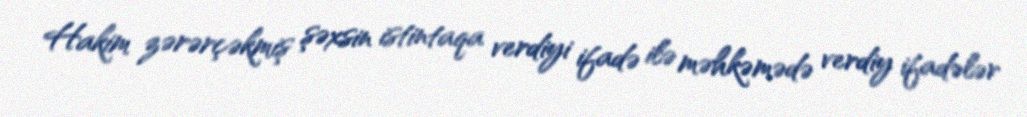
Hakim zərərçəkmiş şəxsin istintaqa verdiyi ifadə ilə məhkəmədə verdiy ifadələr